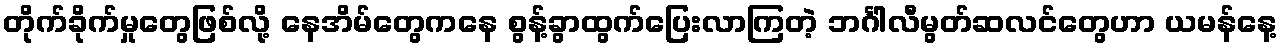
တိုက်ခိုက်မှုတွေဖြစ်လို့ နေအိမ်တွေကနေ စွန့်ခွာထွက်ပြေးလာကြတဲ့ ဘင်္ဂါလီမွတ်ဆလင်တွေဟာ ယမန်နေ့